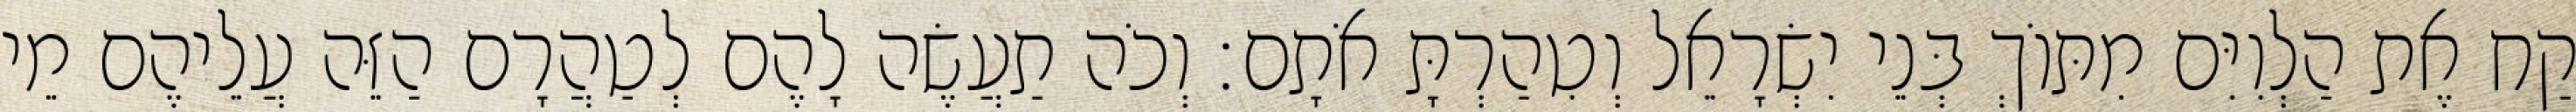
קַח אֶת הַלְוִיִּם מִתּוֹךְ בְּנֵי יִשְׂרָאֵל וְטִהַרְתָּ אֹתָם׃ וְכֹה תַעֲשֶׂה לָהֶם לְטַהֲרָם הַזֵּה עֲלֵיהֶם מֵי